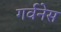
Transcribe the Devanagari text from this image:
गर्वनेस